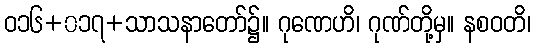
ဝ၁၆+၀၁၇+သာသနာတော်၌။ ဂုဏေဟိ၊ ဂုဏ်တို့မှ။ နစဝတိ၊